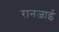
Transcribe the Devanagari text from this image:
रानजाई